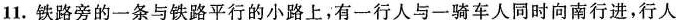
11.铁路旁的一条与铁路平行的小路上，有一行人与一骑车人同时向南行进，行人